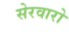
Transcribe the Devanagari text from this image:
सेरवारो